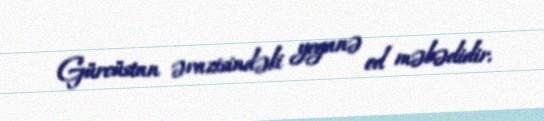
Gürcüstan ərazisindəki yeganə od məbədidir.